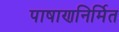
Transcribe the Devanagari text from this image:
पाषाणनिर्मित